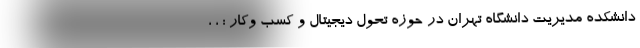
دانشکده مدیریت دانشگاه تهران در حوزه تحول دیجیتال و کسب وکار : ، ،